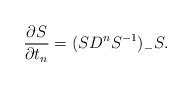
LaTeX: \begin{align*}\frac{\partial S}{\partial t_n}=(SD^nS^{-1})_-S.\end{align*}